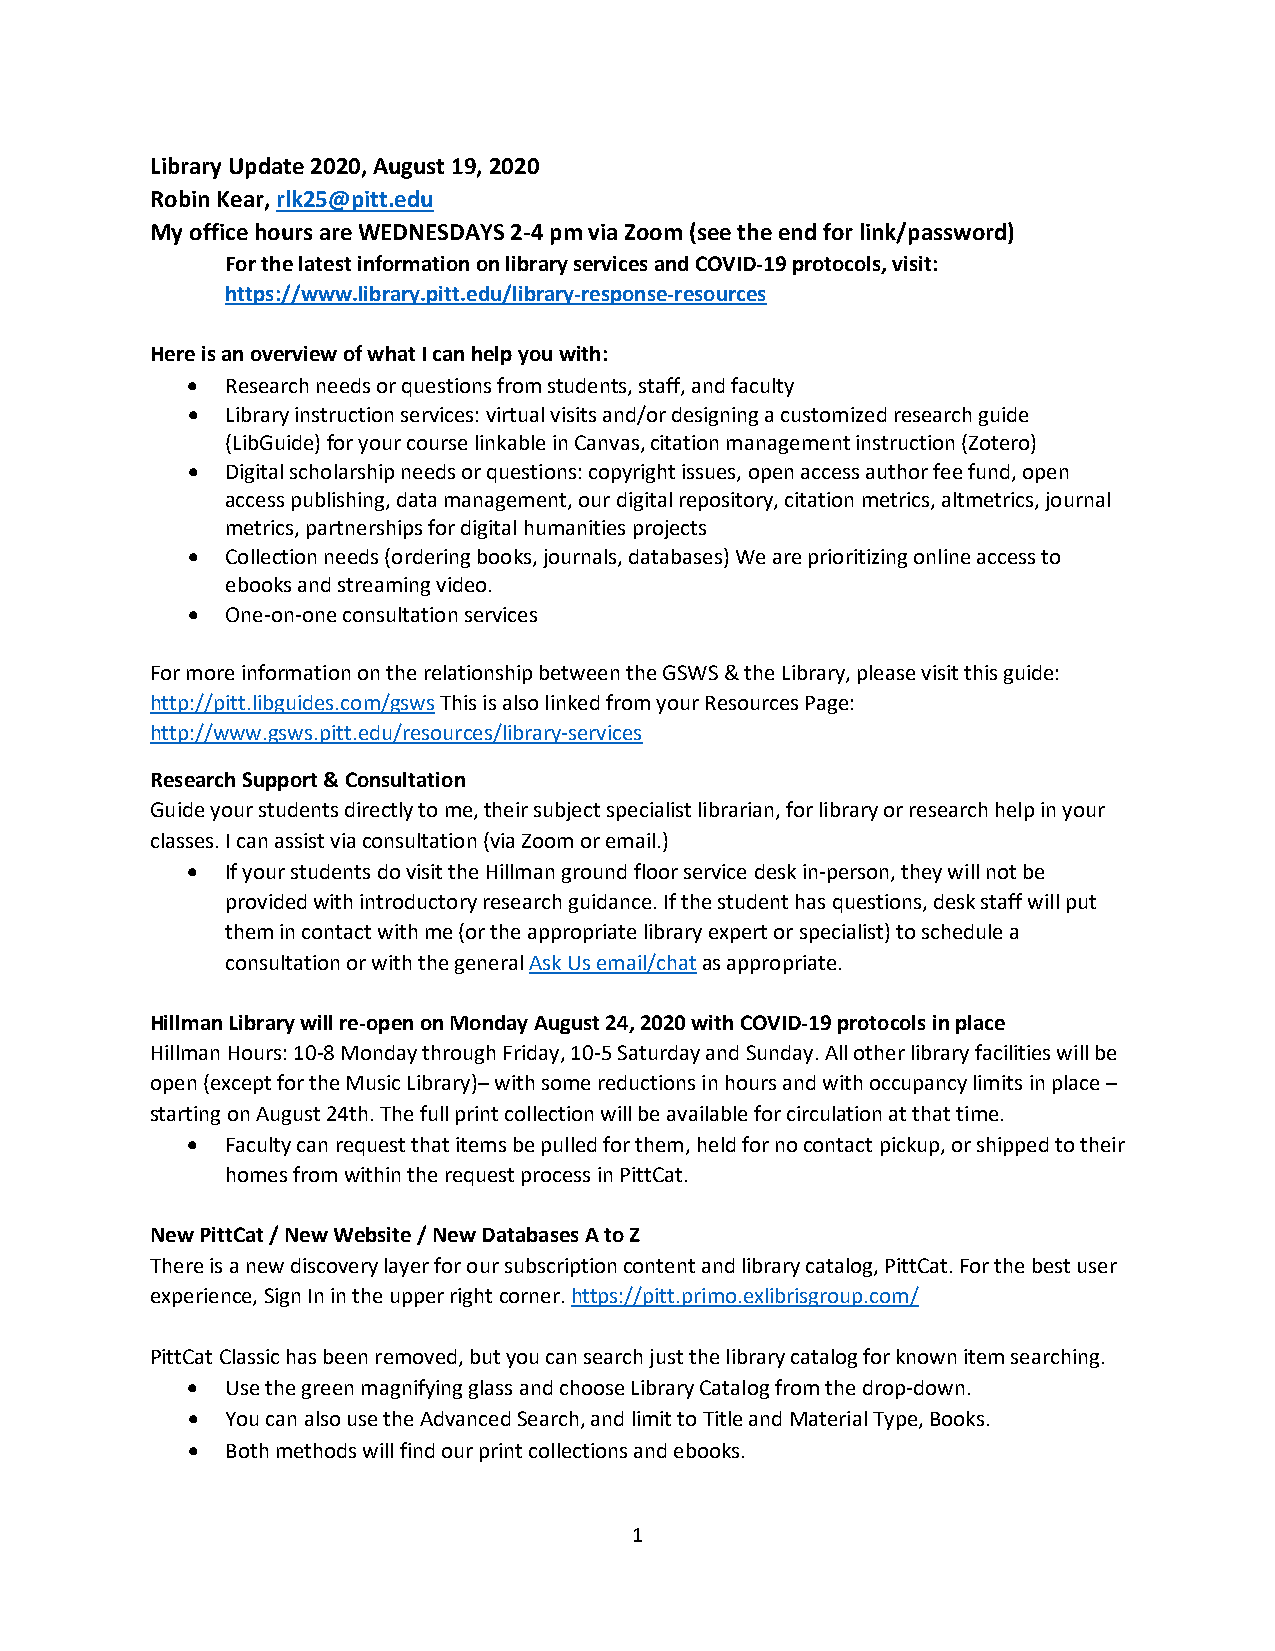
Library Update 2020, August 19, 2020
 Robin Kear, rlk25@pitt.edu
 My office hours are WEDNESDAYS 2-4 pm via Zoom (see the end for link/password)
 For the latest information on library services and COVID-19 protocols, visit:
 https://www.library.pitt.edu/library-response-resources
 Here is an overview of what I can help you with:
 •  Research needs or questions from students, staff, and faculty
 •  Library instruction services: virtual visits and/or designing a customized research guide
 (LibGuide) for your course linkable in Canvas, citation management instruction (Zotero)
 •  Digital scholarship needs or questions: copyright issues, open access author fee fund, open
 access publishing, data management, our digital repository, citation metrics, altmetrics, journal
 metrics, partnerships for digital humanities projects
 •  Collection needs (ordering books, journals, databases) We are prioritizing online access to
 ebooks and streaming video.
 •  One-on-one consultation services
 For more information on the relationship between the GSWS & the Library, please visit this guide:
 http://pitt.libguides.com/gsws This is also linked from your Resources Page:
 http://www.gsws.pitt.edu/resources/library-services
 Research Support & Consultation
 Guide your students directly to me, their subject specialist librarian, for library or research help in your
 classes. I can assist via consultation (via Zoom or email.)
 •  If your students do visit the Hillman ground floor service desk in-person, they will not be
 provided with introductory research guidance. If the student has questions, desk staff will put
 them in contact with me (or the appropriate library expert or specialist) to schedule a
 consultation or with the general Ask Us email/chat as appropriate.
 Hillman Library will re-open on Monday August 24, 2020 with COVID-19 protocols in place
 Hillman Hours: 10-8 Monday through Friday, 10-5 Saturday and Sunday. All other library facilities will be
 open (except for the Music Library)– with some reductions in hours and with occupancy limits in place –
 starting on August 24th. The full print collection will be available for circulation at that time.
 •  Faculty can request that items be pulled for them, held for no contact pickup, or shipped to their
 homes from within the request process in PittCat.
 New PittCat / New Website / New Databases A to Z
 There is a new discovery layer for our subscription content and library catalog, PittCat. For the best user
 experience, Sign In in the upper right corner. https://pitt.primo.exlibrisgroup.com/
 PittCat Classic has been removed, but you can search just the library catalog for known item searching.
 •  Use the green magnifying glass and choose Library Catalog from the drop-down.
 •  You can also use the Advanced Search, and limit to Title and Material Type, Books.
 •  Both methods will find our print collections and ebooks.
 1